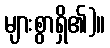
များစွာရှိ၏)။